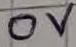
Text: 0V